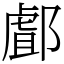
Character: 䣜